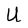
Character: U